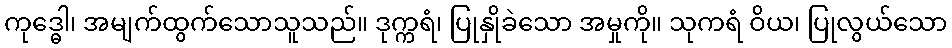
ကုဒ္ဓေါ၊ အမျက်ထွက်သောသူသည်။ ဒုက္ကရံ၊ ပြုနှိုခဲသော အမှုကို။ သုကရံ ဝိယ၊ ပြုလွယ်သော